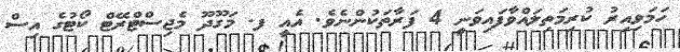
ހަމަވިއިރު ކުރިމަތިލައްވާފައިވަނީ 4 ފަރާތަކުންނެވެ. އެއީ ފ. މަގޫދޫ މެޖިސްޓްރޭޓް ކޯޓުގެ އިސް